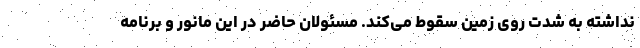
نداشته به شدت روی زمین سقوط می‌کند. مسئولان حاضر در این مانور و برنامه